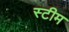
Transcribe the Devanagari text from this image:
स्‍टीम